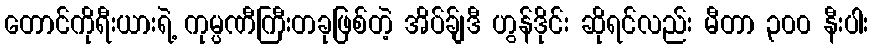
တောင်ကိုရီးယားရဲ့ ကုမ္ပဏီကြီးတခုဖြစ်တဲ့ အိပ်ခ်ျဒီ ဟွန်ဒိုင်း ဆိုရင်လည်း မီတာ ၃၀၀ နီးပါး